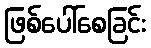
ဖြစ်ပေါ်စေခြင်း